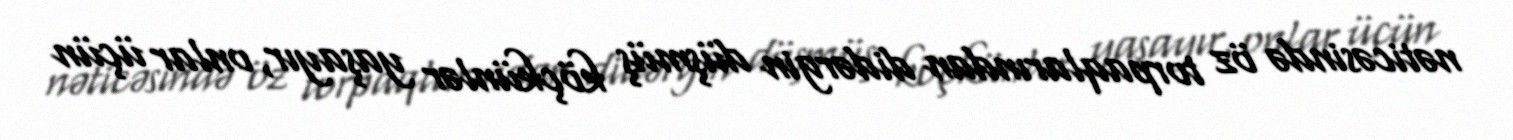
nəticəsində öz torpaqlarından didərgin düşmüş köçkünlər yaşayır, onlar üçün